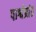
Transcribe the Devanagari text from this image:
पार्श्वप्रांत